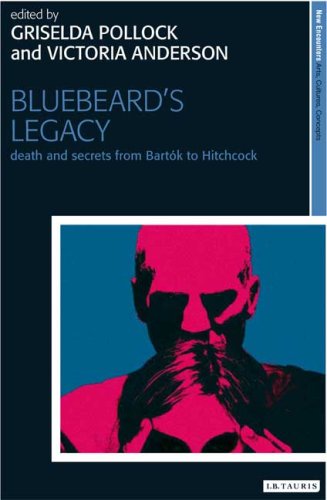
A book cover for Bluebeard's Legacy: Death and Secrets from BartÃ³k to Hitchcock (New Encounters: Arts, Cultures, Concepts); Literature & Fiction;